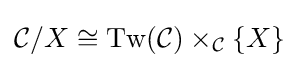
{\mathcal {C}}/X\cong \operatorname {Tw} ({\mathcal {C}})\times _{\mathcal {C}}\{X\}